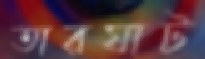
তারঘাট